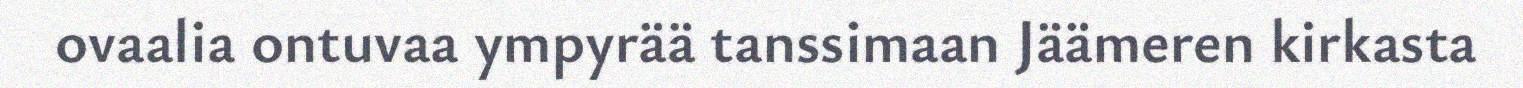
ovaalia ontuvaa ympyrää tanssimaan Jäämeren kirkasta